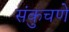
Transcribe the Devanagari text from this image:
संकुचणे